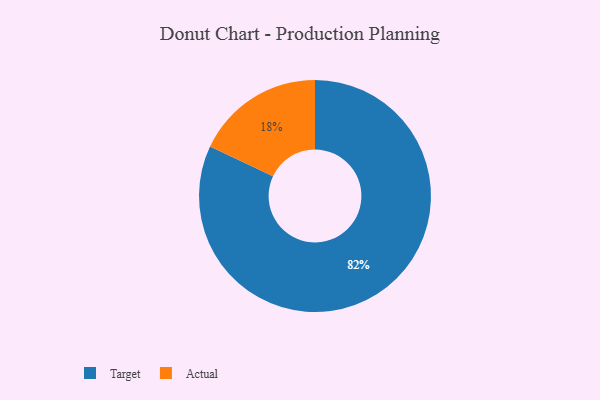
{"axis": {"x": "Category", "y": "Percentage"}, "legend": ["Actual", "Target"], "data": [{"x": "Actual", "y": 18, "type": "Actual"}, {"x": "Target", "y": 82, "type": "Target"}]}